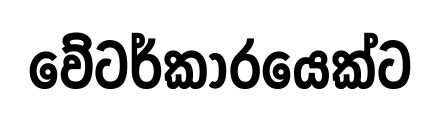
වේටර්කාරයෙක්ට